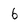
Character: 6